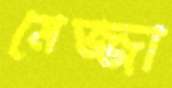
মেজ্জা